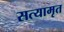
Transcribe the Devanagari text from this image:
सत्यामृत